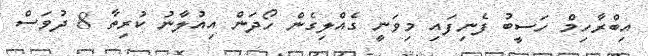
އިބްރާހިމް ހަސީބު ފެނިފައި މިވަނީ ގެއްލިގެން ހޯދަން އިއުލާނު ކުރިތާ 8 ދުވަސް